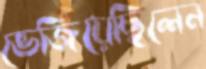
ভেজিয়েছিলেন